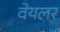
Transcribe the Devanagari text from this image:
वेयलर